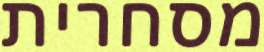
מסחרית